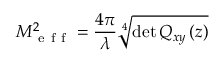
M _ { \mathrm { ~ e ~ f ~ f ~ } } ^ { 2 } = \frac { 4 \pi } { \lambda } \sqrt [ 4 ] { \operatorname* { d e t } Q _ { x y } \left( z \right) }